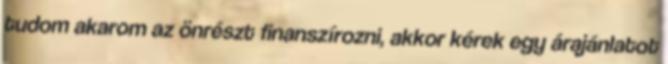
tudom akarom az önrészt finanszírozni, akkor kérek egy árajánlatot